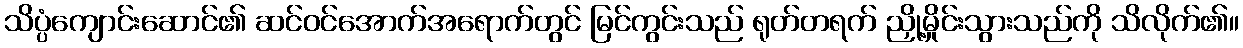
သိပ္ပံကျောင်းဆောင်၏ ဆင်ဝင်အောက်အရောက်တွင် မြင်ကွင်းသည် ရုတ်တရက် ညှို့မှိုင်းသွားသည်ကို သိလိုက်၏။